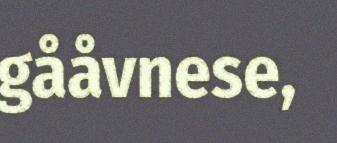
gååvnese,